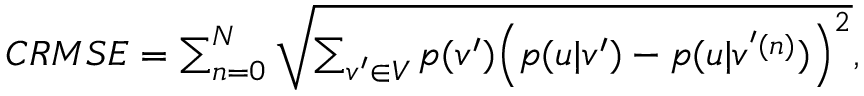
\begin{array} { r } { { C R M S E } = \sum _ { n = 0 } ^ { N } \sqrt { \sum _ { v ^ { \prime } \in V } p ( v ^ { \prime } ) \Big ( p ( u | v ^ { \prime } ) - p ( u | v ^ { ' ( n ) } ) \Big ) ^ { 2 } } , } \end{array}